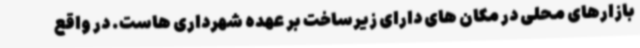
بازارهای محلی در مکان های دارای زیرساخت بر عهده شهرداری هاست. در واقع